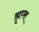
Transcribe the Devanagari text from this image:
ह्यूघ्स